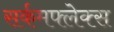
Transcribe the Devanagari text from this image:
सर्कमफ्लेक्स